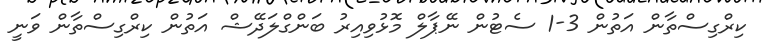
ކިރްގިސްތާން އަތުން 3-1 ސެޓުން ނޭޕާލް މޮޅުވިއިރު ބަންގްލަދޭޝް އަތުން ކިރްގިސްތާން ވަނީ